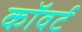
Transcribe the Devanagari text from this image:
कॉवर्ट